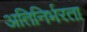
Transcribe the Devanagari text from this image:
अतिनिर्भरता